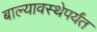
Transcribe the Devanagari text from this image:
बाल्यावस्थेपर्यंत